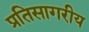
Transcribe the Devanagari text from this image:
प्रतिसागरीय